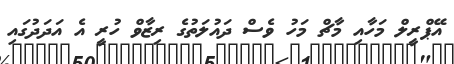
އޭޕްރީލް މަހާއި މާޗް މަހު ވެސް ދައުލަތުގެ ރިޒާވް ހުރީ އެ އަދަދުގައި